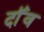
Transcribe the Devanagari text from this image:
दॉंव